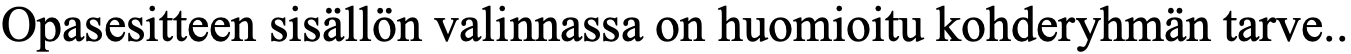
Opasesitteen sisällön valinnassa on huomioitu kohderyhmän tarve..